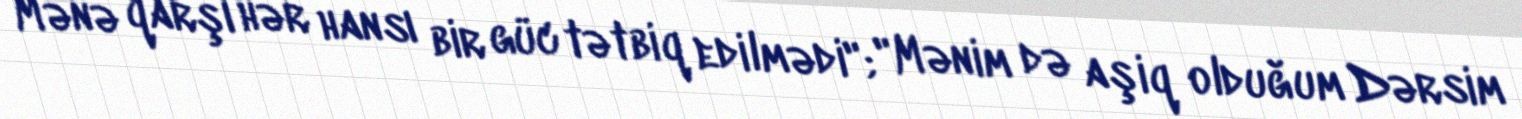
Mənə qarşı hər hansı bir güc tətbiq edilmədi"; "Mənim də aşiq olduğum Dərsim